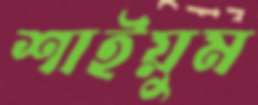
শাইয়ুম